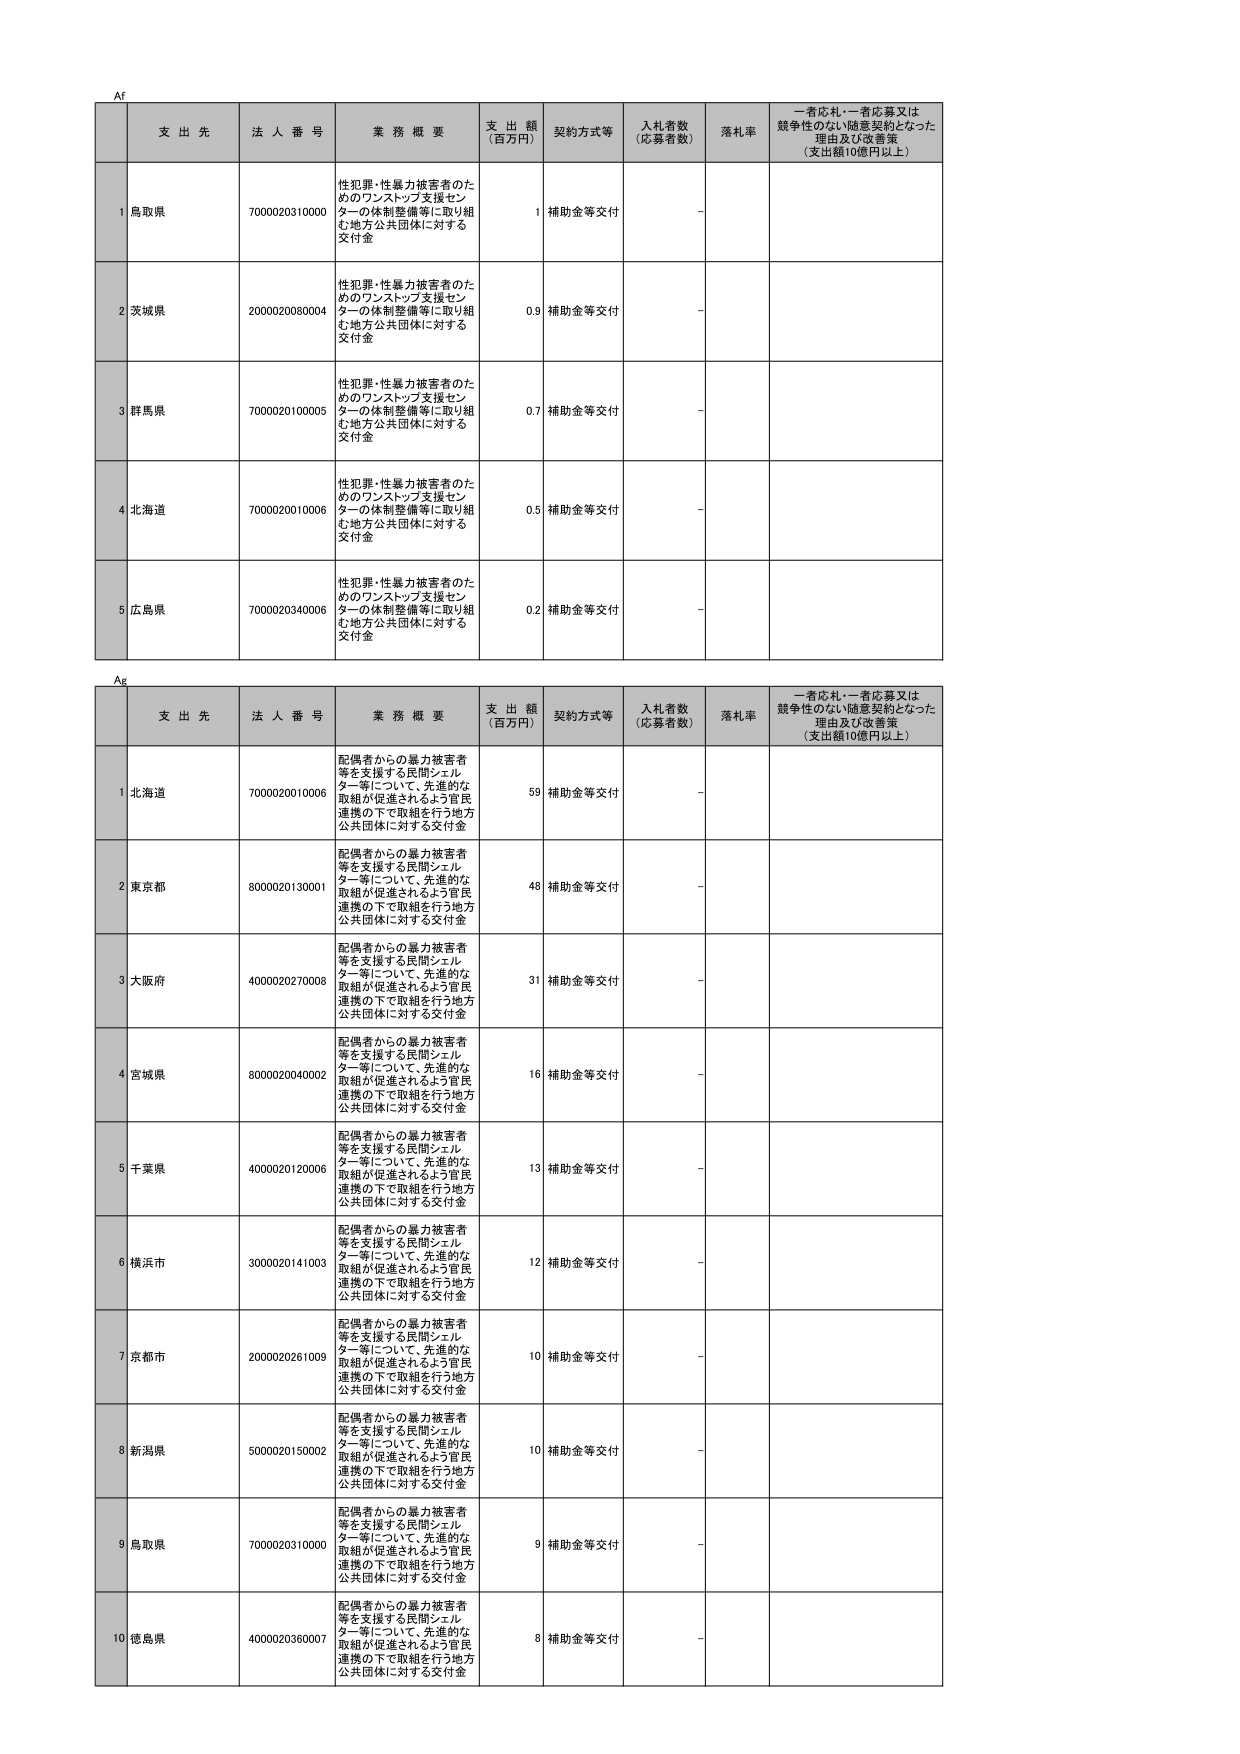
Af
支 出 先　法 人 番 号　業 務 概 要　支 出 額 (百万円)　契約方式等　入札者数 (応募者数)　落札率　一者応札・一者応募又は競争性のない随意契約となった理由及び改善策 (支出額10億円以上)

1 鳥取県　7000020310000　性犯罪・性暴力被害者のためのワンストップ支援センターの体制整備等に取り組む地方公共団体に対する交付金　1　補助金等交付　－

2 茨城県　2000020080004　性犯罪・性暴力被害者のためのワンストップ支援センターの体制整備等に取り組む地方公共団体に対する交付金　0.9　補助金等交付　－

3 群馬県　7000020100005　性犯罪・性暴力被害者のためのワンストップ支援センターの体制整備等に取り組む地方公共団体に対する交付金　0.7　補助金等交付　－

4 北海道　7000020010006　性犯罪・性暴力被害者のためのワンストップ支援センターの体制整備等に取り組む地方公共団体に対する交付金　0.5　補助金等交付　－

5 広島県　7000020340006　性犯罪・性暴力被害者のためのワンストップ支援センターの体制整備等に取り組む地方公共団体に対する交付金　0.2　補助金等交付　－

Ag
支 出 先　法 人 番 号　業 務 概 要　支 出 額 (百万円)　契約方式等　入札者数 (応募者数)　落札率　一者応札・一者応募又は競争性のない随意契約となった理由及び改善策 (支出額10億円以上)

1 北海道　7000020010006　配偶者からの暴力被害者等を支援する民間シェルター等について、先進的な取組が促進されるよう官民連携の下で取組を行う地方公共団体に対する交付金　59　補助金等交付　－

2 東京都　8000020130001　配偶者からの暴力被害者等を支援する民間シェルター等について、先進的な取組が促進されるよう官民連携の下で取組を行う地方公共団体に対する交付金　48　補助金等交付　－

3 大阪府　4000020270008　配偶者からの暴力被害者等を支援する民間シェルター等について、先進的な取組が促進されるよう官民連携の下で取組を行う地方公共団体に対する交付金　31　補助金等交付　－

4 宮城県　8000020040002　配偶者からの暴力被害者等を支援する民間シェルター等について、先進的な取組が促進されるよう官民連携の下で取組を行う地方公共団体に対する交付金　16　補助金等交付　－

5 千葉県　4000020120006　配偶者からの暴力被害者等を支援する民間シェルター等について、先進的な取組が促進されるよう官民連携の下で取組を行う地方公共団体に対する交付金　13　補助金等交付　－

6 横浜市　3000020141003　配偶者からの暴力被害者等を支援する民間シェルター等について、先進的な取組が促進されるよう官民連携の下で取組を行う地方公共団体に対する交付金　12　補助金等交付　－

7 京都市　2000020261009　配偶者からの暴力被害者等を支援する民間シェルター等について、先進的な取組が促進されるよう官民連携の下で取組を行う地方公共団体に対する交付金　10　補助金等交付　－

8 新潟県　5000020150002　配偶者からの暴力被害者等を支援する民間シェルター等について、先進的な取組が促進されるよう官民連携の下で取組を行う地方公共団体に対する交付金　10　補助金等交付　－

9 鳥取県　7000020310000　配偶者からの暴力被害者等を支援する民間シェルター等について、先進的な取組が促進されるよう官民連携の下で取組を行う地方公共団体に対する交付金　9　補助金等交付　－

10 徳島県　4000020360007　配偶者からの暴力被害者等を支援する民間シェルター等について、先進的な取組が促進されるよう官民連携の下で取組を行う地方公共団体に対する交付金　8　補助金等交付　－